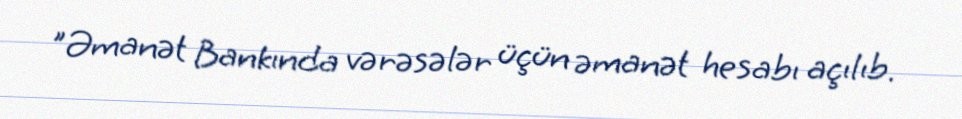
"Əmanət Bankında vərəsələr üçün əmanət hesabı açılıb.